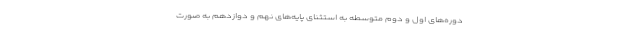
دوره‌های اول و دوم متوسطه به استثنای پایه‌های نهم و دوازدهم به صورت